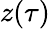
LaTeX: z(\tau)